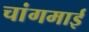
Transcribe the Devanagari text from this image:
चांगमाई